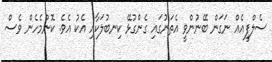
ސެލްފީއެއް ނަގަން ބޭނުންވީ އެތަނުގައި ގެންގުޅޭ ކިނބުލަކާއި އެކު އެވެ. ކޮންމެހެން ވެސް